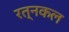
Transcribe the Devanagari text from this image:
रत्नकल